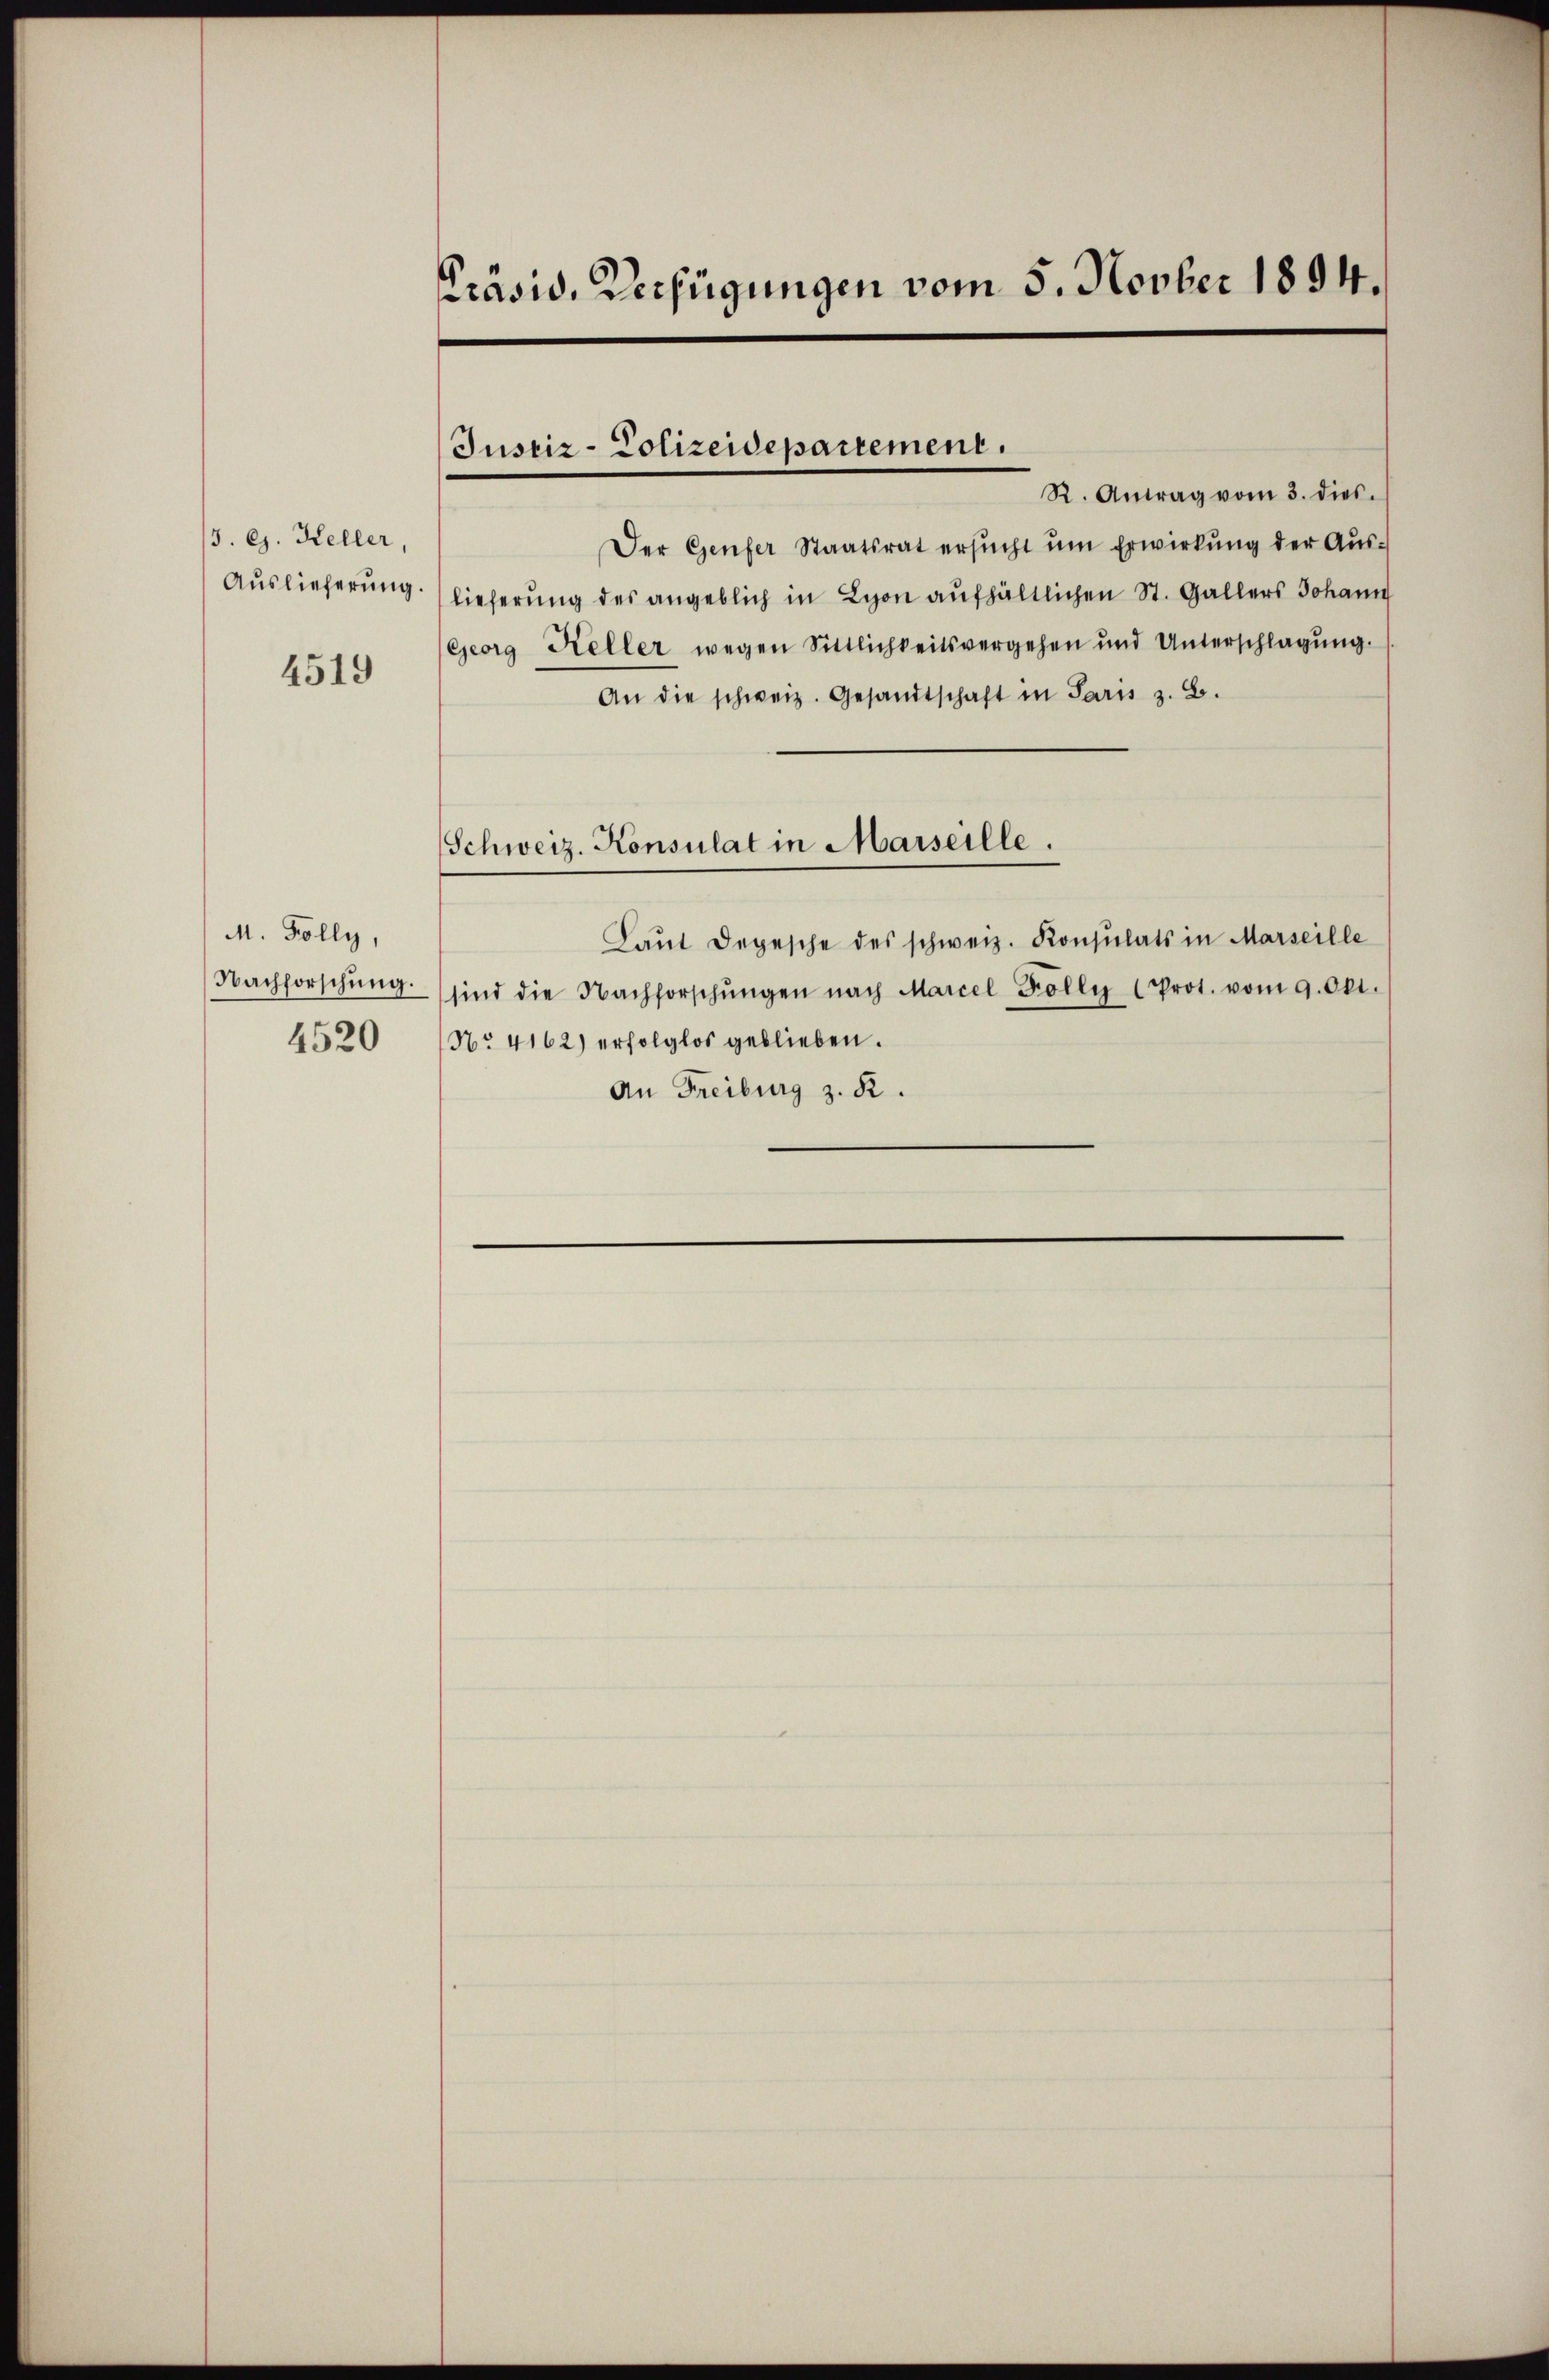
3. ej. Keller,
Auslieferung.
4519

M. Folly,
Nachforschung.
4520

prasid. Verfügungen vom 5. Novber 1894.

R. Antrag vom 3. dies.
Der Genfer Staatsrat ersŭcht ŭm Erwirkung der Auslieferung des angeblich in Lyon aufhältlichen St. Gallers Johann
Georg Keller wegen Sittlichkeitsvergehen und Unterschlagŭng.
An die schweiz. Gesandtschaft in Paris z. B.
Schweiz. Konsulat in Marseille.
Laŭt Depesche des schweiz. Konsulats in Marseille
sind die Nachforschŭngen nach Marcel Folly (Prot. vom 9. Okt.
No. 4162) erfolglos geblieben.
An Freiburg z. R.

Justiz-Colizeidepartement.